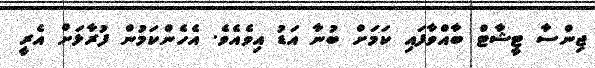
ޖިންސާ ޓީޝާޓް ބާއްވާފައި ކަމަށް ބުނާ އަޑު އިވެއެވެ. އެހެންކަމުން ފުރާޅަށް އެރީ